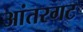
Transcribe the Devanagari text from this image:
आंतरगट